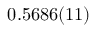
0 . 5 6 8 6 ( 1 1 )